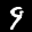
Label: 9